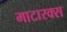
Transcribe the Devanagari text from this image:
माटारक्स